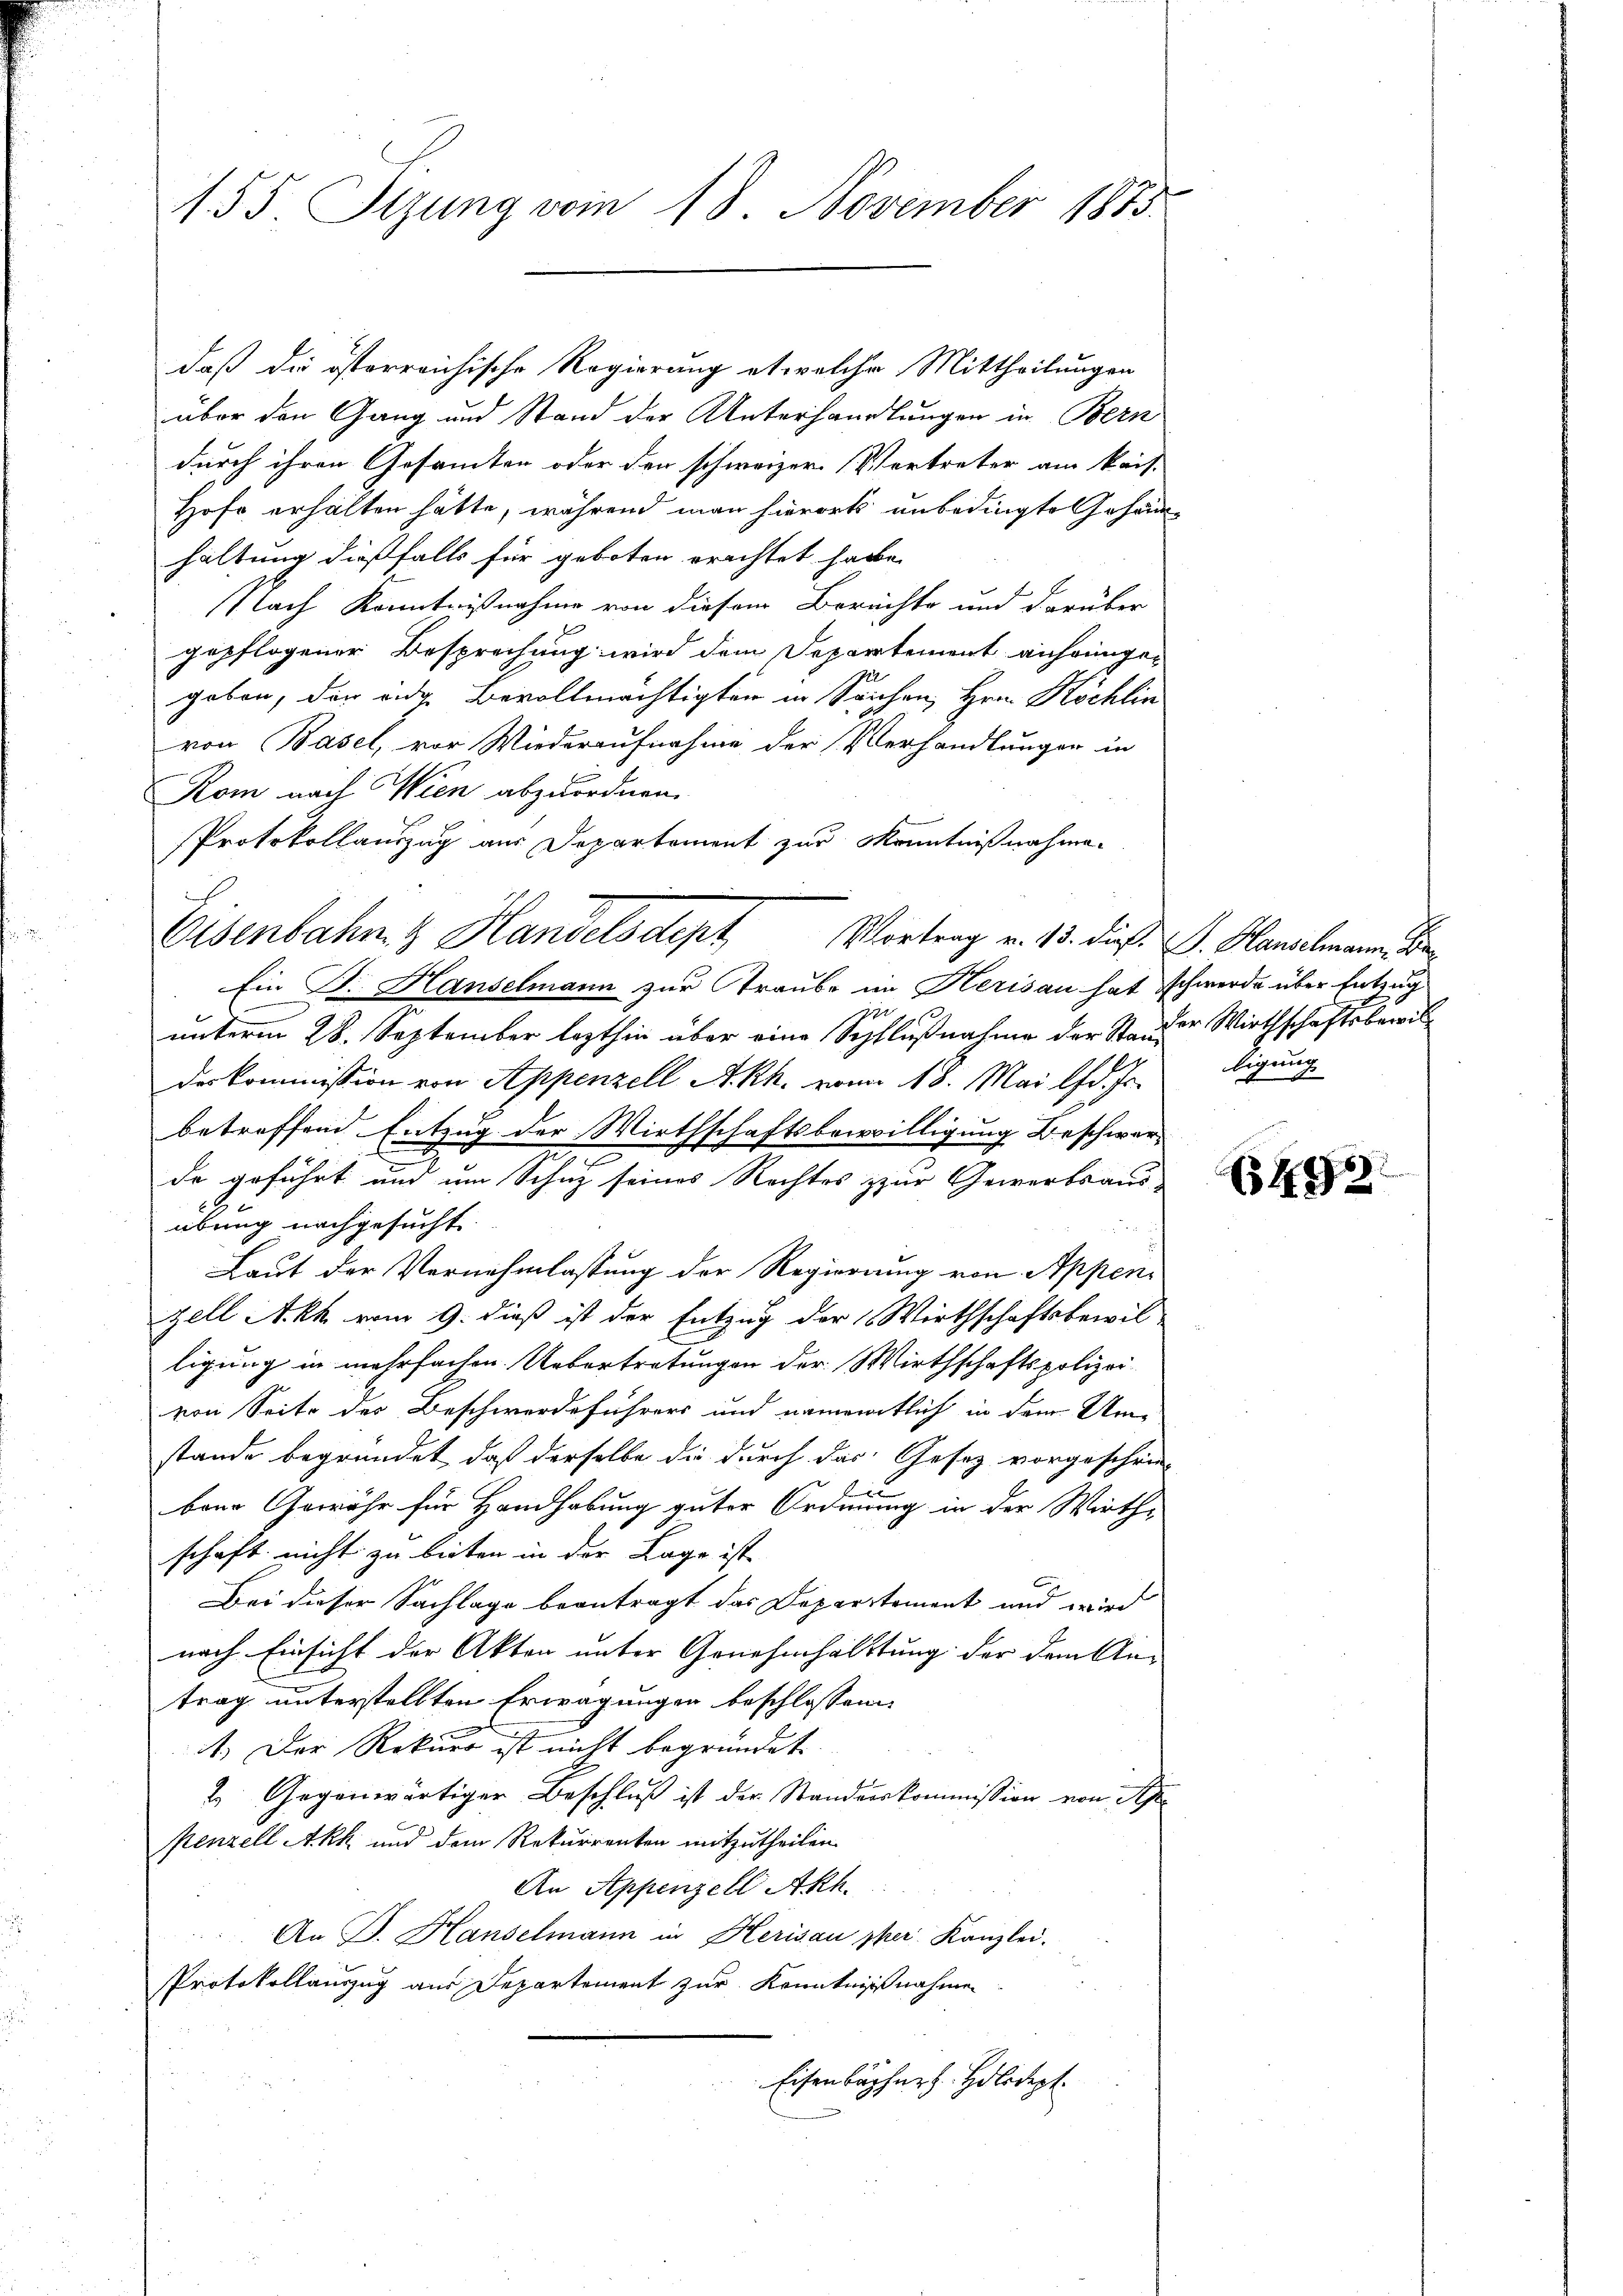
155. Sizung vom 18. November 1883.

daß die österreichische Regierung etwelche Mittheilungen
über den Gang und Stand der Unterhandlungen in Bern
durch ihren Gesamten oder den schweizer. Vertreter am kais-
Hofe erhalten hätte, während man hierorts unbedingte Gehänhaltung dießfalls für geboten erachtet habe.
Nach Kenntnißnahme von diesem Berechte und darüber
gepflogener Besprechung wird dem Departement anheinigen
geben, der ande Bevollmächtigten in Sachen, Hrn. Köchlin
von Basel, vor Wiederaufnahme der Verhandlungen in
Kom nach Wien abzuordnen.
Protokollauszug aus Departement zur Kenntnißnahme
Ein F. Hanselmann zur Traube im Herisau hat schwerde über Entzug
unterm 28. September lezthin über eine Schlußnahme der Stander Wirthschaftsbewildes Commission von Appenzell A.Rh. vom 18. Mai lfd. Js.
betreffend Entzug der Wirthschaftsbewilligung Beschwer-
e
de geführt und um Schuz seines Rechtes zur Gewerbsaus-
übung nachgesucht
Laut der Vernehmlassung der Regierung von Appeni
zell Akk vom 9. dieß ist der Entzug der Wirthschaftsbewil
ligung in mehrfachen. Uebertretungen der Wirthschaftspolizei-
von Seite des Beschwerdeführers und namentlich in dem Um-
stande begründet, daß derselbe die durch das Gesetz vorgeschrie-
ti
bene Gewähr für Handhabung guter Ordnung in der Wirth-
schaft nicht zu bieten in der Lage ist.
.
Bei dieser Sachlage beantragt das Departement und wird
nach Einsicht der Akten unter Genehmhalttung der dem An-
trag unterstellten Erwägungen beschlossen
1.) Der Rekurs ist nicht begründet
2 Gegenwärtiger Beschluß ist der Standeskommission von Ap
Kenzell Akh und dem Rekurrenten mitzutheilen.
An Appenzell Akh.
An B. Hanselmann in Herisau sher Kanzlei-
Protokollauszug aus Departement zur Kenntnißnahmen
Eisenbücher. Holodept

J.

Eisenbahn & Handelsdept Vortrag v. 13. dieß. I. Handelmann. Be

tigung

65493.